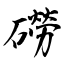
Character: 磱